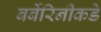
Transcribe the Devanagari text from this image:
बर्बेरिनीकडे